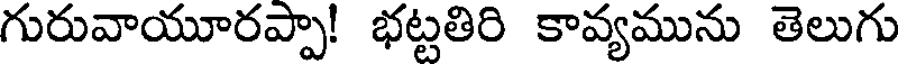
గురువాయూరప్పా! భట్టతిరి కావ్యమును తెలుగు